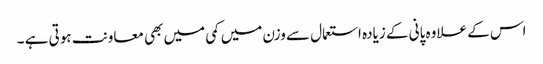
اس کے علاوہ پانی کے زیادہ استعمال سے وزن میں کمی میں بھی معاونت ہوتی ہے ۔